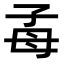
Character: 𣫮